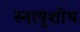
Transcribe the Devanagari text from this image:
स्नायुशोथ